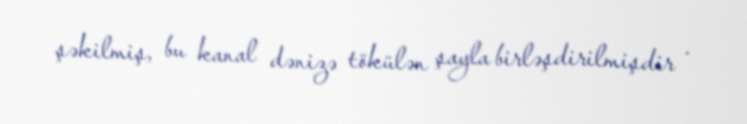
şəkilmiş, bu kanal dənizə tökülən şayla birləşdirilmişdir .